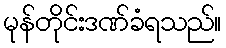
မုန်တိုင်းဒဏ်ခံရသည်။